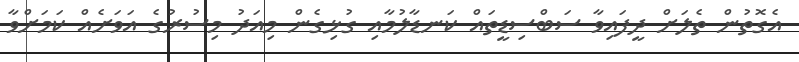
އެގޮތުން ތެލަށް ދީފައިވާ ސަބްސިޑީތައް ކަނޑާލުމާއި ގުޅިގެން މިއަދު މިސުރުގެ އަވަށެއް ކަމަށްވާ